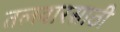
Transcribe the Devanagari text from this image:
तलवारसाठी